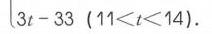
\(3t - 33\ (11<t<14)\)